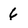
Character: 6